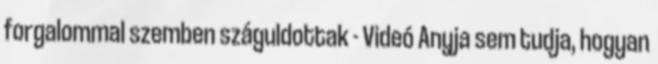
forgalommal szemben száguldottak - Videó Anyja sem tudja, hogyan